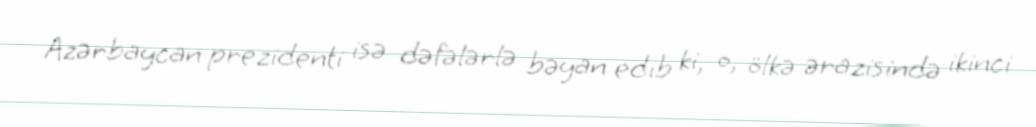
Azərbaycan prezidenti isə dəfələrlə bəyan edib ki, o, ölkə ərazisində ikinci